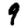
Digit: 9